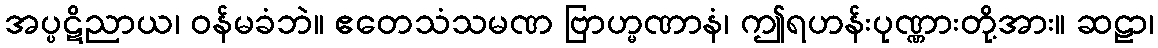
အပ္ပဋိညာယ၊ ဝန်မခံဘဲ။ ဧတေသံသမဏ ဗြာဟ္မဏာနံ၊ ဤရဟန်းပုဏ္ဏားတို့အား။ ဆဠာ၊